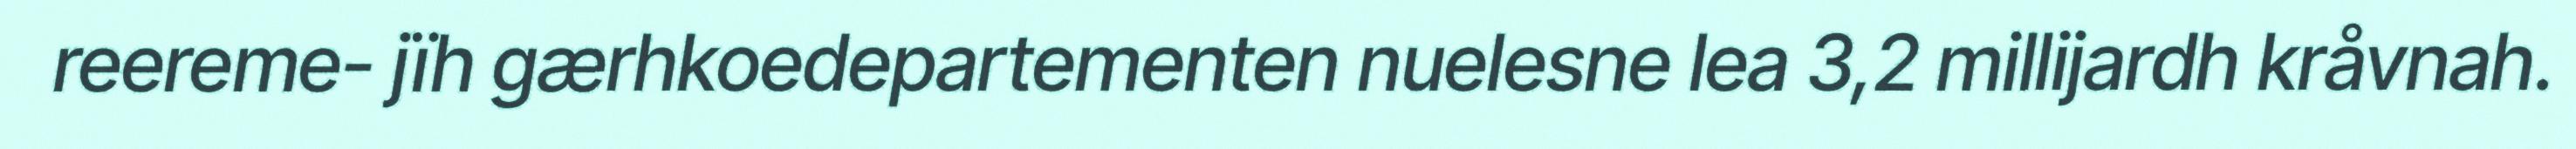
reereme- jïh gærhkoedepartementen nuelesne lea 3,2 millijardh kråvnah.